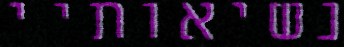
נשיאותיי